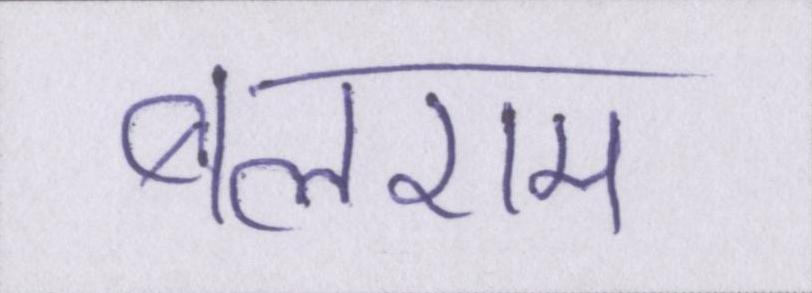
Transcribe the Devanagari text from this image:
बलराम